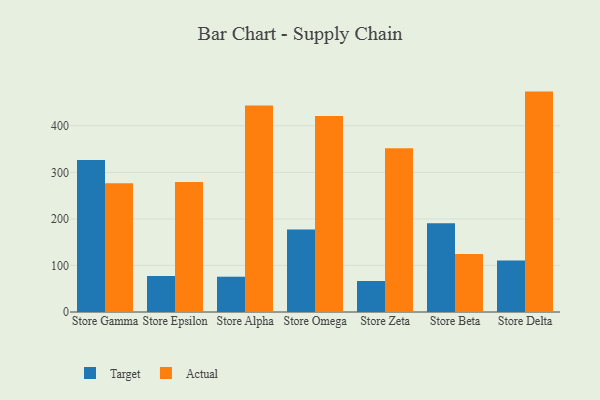
{"axis": {"x": "Store", "y": "Active Users"}, "legend": ["Actual", "Target"], "data": [{"x": "Store Gamma", "y": 326.7, "type": "Target"}, {"x": "Store Gamma", "y": 276.6, "type": "Actual"}, {"x": "Store Epsilon", "y": 77.5, "type": "Target"}, {"x": "Store Epsilon", "y": 279.2, "type": "Actual"}, {"x": "Store Alpha", "y": 75.8, "type": "Target"}, {"x": "Store Alpha", "y": 443.8, "type": "Actual"}, {"x": "Store Omega", "y": 177.5, "type": "Target"}, {"x": "Store Omega", "y": 421.2, "type": "Actual"}, {"x": "Store Zeta", "y": 66.6, "type": "Target"}, {"x": "Store Zeta", "y": 351.6, "type": "Actual"}, {"x": "Store Beta", "y": 190.5, "type": "Target"}, {"x": "Store Beta", "y": 124.4, "type": "Actual"}, {"x": "Store Delta", "y": 110.8, "type": "Target"}, {"x": "Store Delta", "y": 473.5, "type": "Actual"}]}